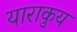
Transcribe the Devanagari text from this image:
याराकुय